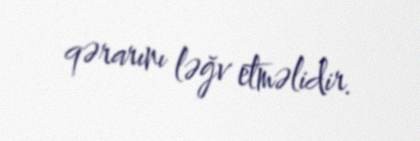
qərarını ləğv etməlidir.